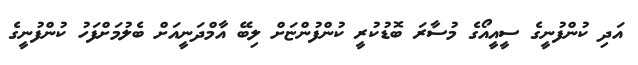
އަދި ކުންފުނީގެ ސީއީއޯގެ މުސާރަ ބޮޑުކުރީ ކުންފުންޏަށް ލިބޭ އާމްދަނީއަށް ބެލުމަށްފަހު ކުންފުނީގެ